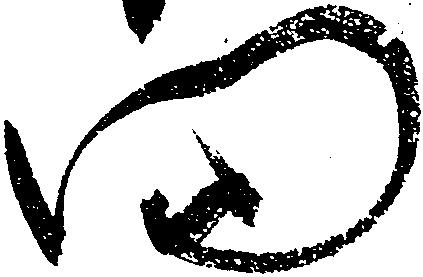
門